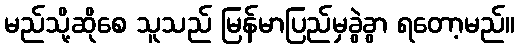
မည်သို့ဆိုစေ သူသည် မြန်မာပြည်မှခွဲခွာ ရတော့မည်။